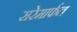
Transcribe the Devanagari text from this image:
सरेमार्फत